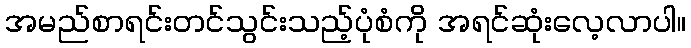
အမည်စာရင်းတင်သွင်းသည့်ပုံစံကို အရင်ဆုံးလေ့လာပါ။